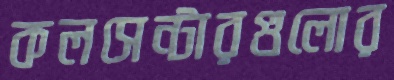
কলসেন্টারগুলোর